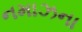
નમાઝના